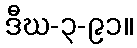
ဒီဃ-၃-၉၁။